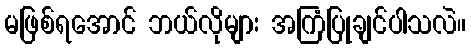
မဖြစ်ရအောင် ဘယ်လိုများ အကြံပြုချင်ပါသလဲ။